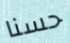
حسنا